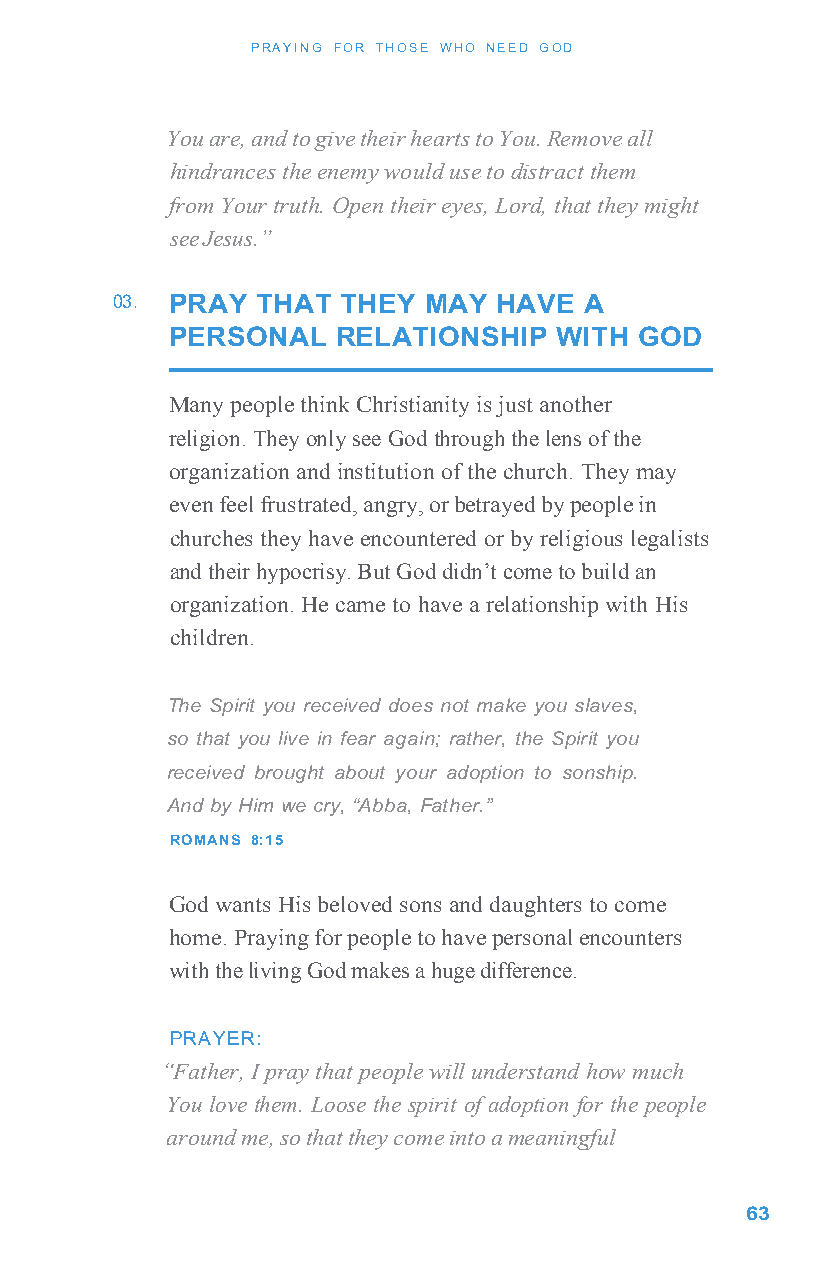
P RAYING FOR THOSE WHO NEED G OD
 You are, and to give their hearts to You. Remove all
 hindrances the enemy would use to distract them
 from Your truth. Open their eyes, Lord, that they might
 see Jesus.”
 03. PRAY  THAT  THEY MAY  HAVE  A
 PERSONAL   RELATIONSHIP   WITH GOD
 Many people think Christianity is just another
 religion. They only see God through the lens of the
 organization and institution of the church. They may
 even feel frustrated, angry, or betrayed by people in
 churches they have encountered or by religious legalists
 and their hypocrisy. But God didn’t come to build an
 organization. He came to have a relationship with His
 children.
 The Spirit you received does not make you slaves,
 so that you live in fear again; rather, the Spirit you
 received brought about your adoption to sonship.
 And by Him we cry, “Abba, Father.”
 ROMANS 8:15
 God wants His beloved sons and daughters to come
 home. Praying for people to have personal encounters
 with the living God makes a huge difference.
 PRAYER:
 “Father, I pray that people will understand how much
 You love them. Loose the spirit of adoption for the people
 around me, so that they come into a meaningful
 63